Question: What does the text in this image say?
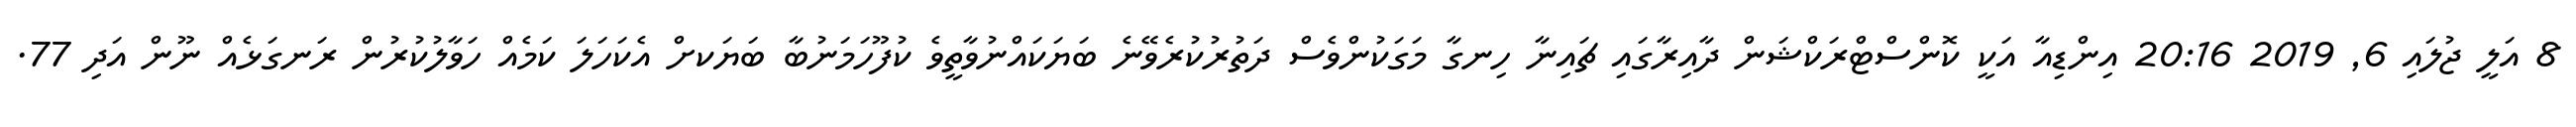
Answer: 8 އަލީ ޖުލައި 6, 2019 20:16 އިންޑިއާ އަކީ ކޮންސްޓްރަކްޝަން ދާއިރާގައި ޗައިނާ ހިނގާ މަގަކުންވެސް ދަތުރުކުރެވޭނެ ބަޔަކައްނުވާތީވެ ކުފޫހަމަނުބާ ބަޔަކށް އެކަހަލަ ކަމެއް ހަވާލުކުރުން ރަނގަޅެއް ނޫން އަދި 77.